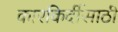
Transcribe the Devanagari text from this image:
कारकिर्दीसाठी